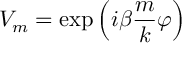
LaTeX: V _ { m } = \exp \left( { i \beta } \frac { m } { k } \varphi \right)